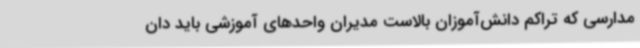
مدارسی که تراکم دانش‌آموزان بالاست مدیران واحدهای آموزشی باید دان